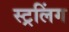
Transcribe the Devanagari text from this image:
स्ट्रलिंग